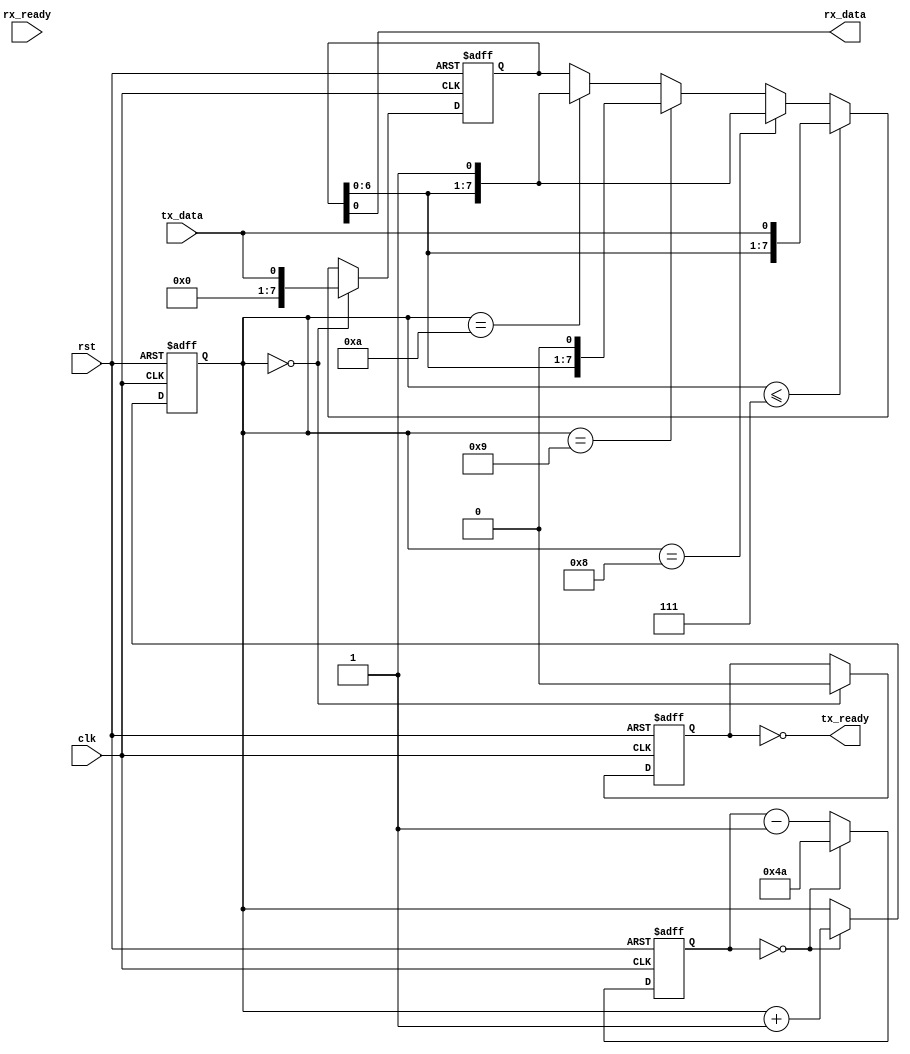
module UART_controller(
    input wire clk, // clock input
    input wire rst, // reset signal input
    input wire tx_data, // data to be transmitted
    output wire rx_data, // received data
    output wire tx_ready, // transmitter ready signal
    input wire rx_ready // receiver ready signal
);

// Clock generation and synchronization circuits
reg [7:0] baud_rate = 12'h4B; // set baud rate to 9600bps
reg [7:0] counter = 8'hFF; // initialize counter
reg [3:0] bit_count = 4'b0000; // initialize bit count
reg start_bit = 1'b0; // initialize start bit
reg [7:0] shift_reg = 8'h00; // initialize shift register

always @(posedge clk or posedge rst)
begin
    if(rst)
    begin
        counter <= 8'hFF;
        bit_count <= 4'b0000;
        start_bit <= 1'b0;
        shift_reg <= 8'h00;
    end
    else
    begin
        // baud rate generator
        if(counter == 0)
        begin
            counter <= baud_rate-1;
            bit_count <= bit_count + 1;
        end
        else
        begin
            counter <= counter - 1;
        end
        
        // data transmission
        if(bit_count == 0)
        begin
            start_bit <= 1'b0;
            shift_reg <= tx_data;
        end
        else if(bit_count <= 7)
        begin
            shift_reg <= {shift_reg[6:0], tx_data};
        end
        else if(bit_count == 8)
        begin
            shift_reg <= {shift_reg[6:0], 1'b1};
        end
        else if(bit_count == 9)
        begin
            shift_reg <= {shift_reg[6:0], 1'b0};
        end
        else if(bit_count == 10)
        begin
            shift_reg <= {shift_reg[6:0], 1'b1};
        end
    end
end

// Handshaking logic
assign tx_ready = ~start_bit;
assign rx_data = shift_reg[0];

// Error detection and correction mechanisms
always @(posedge clk or posedge rst)
begin
    if(rst)
    begin
        // reset error detection and correction mechanisms
    end
    else
    begin
        // implement error detection and correction mechanisms
    end
end

endmodule